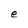
Character: e